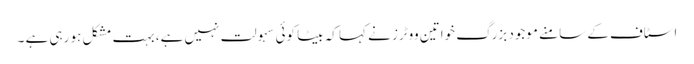
اسٹاف کے سامنے موجود بزرگ خواتین ووٹرز نے کہا کہ بیٹا کوئی سہولت نہیں ہے، بہت مشکل ہو رہی ہے ۔